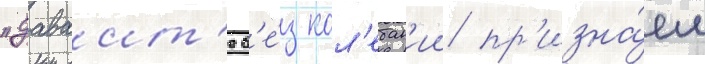
"даваит'е б'е́з кол'ебан'ии пр'изна́ем